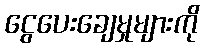
ငွေပေးချေမှုများကို